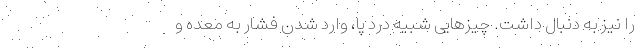
را نیز به دنبال داشت. چیزهایی شبیه درد پا، وارد شدن فشار به معده و